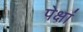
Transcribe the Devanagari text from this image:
पेक्षां